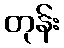
တုန်း